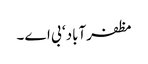
مظفرآباد ‘ بی اے ۔